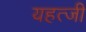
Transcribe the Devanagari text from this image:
यहत्जी